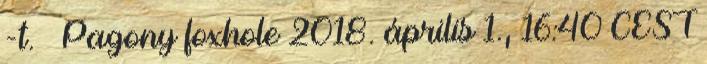
-t. – Pagony foxhole 2018. április 1., 16:40 CEST